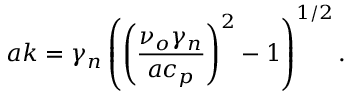
a k = \gamma _ { n } \left( \left( \frac { \nu _ { o } \gamma _ { n } } { a c _ { p } } \right) ^ { 2 } - 1 \right) ^ { 1 / 2 } .